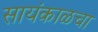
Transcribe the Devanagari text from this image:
सायंकाळचा